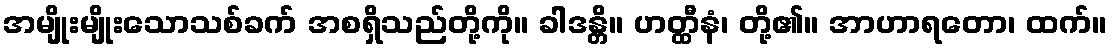
အမျိုးမျိုးသောသစ်ခက် အစရှိသည်တို့ကို။ ခါဒန္တိ။ ဟတ္ထီနံ၊ တို့၏။ အာဟာရတော၊ ထက်။